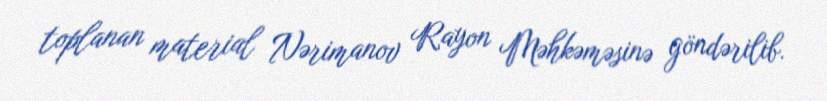
toplanan material Nərimanov Rayon Məhkəməsinə göndərilib.